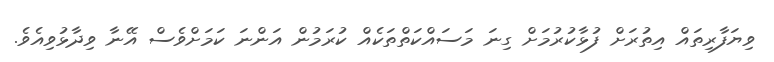
ވިޔަފާރިތައް އިތުރަށް ފުޅާކުރުމަށް ގިނަ މަސައްކަތްތަކެއް ކުރަމުން އަންނަ ކަމަށްވެސް އޭނާ ވިދާޅުވިއެވެ.